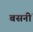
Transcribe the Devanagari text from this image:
बसनीं